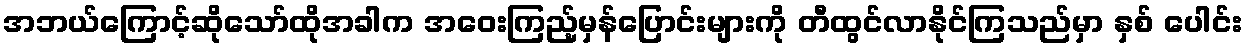
အဘယ်ကြောင့်ဆိုသော်ထိုအခါက အဝေးကြည့်မှန်ပြောင်းများကို တီထွင်လာနိုင်ကြသည်မှာ နှစ် ပေါင်း